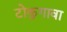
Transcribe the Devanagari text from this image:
टोकुगावा